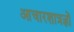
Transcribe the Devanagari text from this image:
आचारशात्रज्ञों